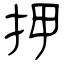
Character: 押